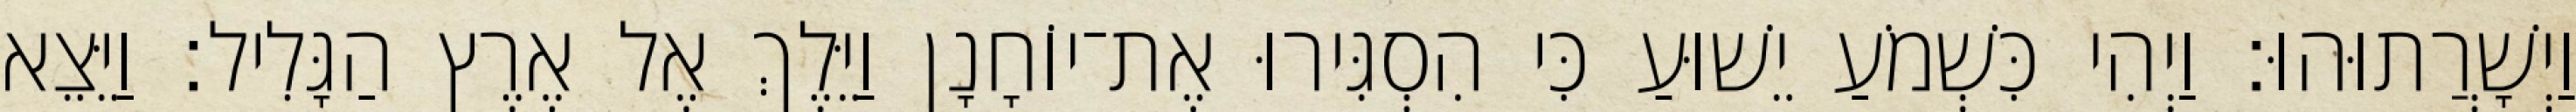
וַיְשָׁרֲתוּהוּ׃ וַיְהִי כִּשְׁמֹעַ יֵשׁוּעַ כִּי הִסְגִּירוּ אֶת־יוֹחָנָן וַיֵּלֶךְ אֶל אֶרֶץ הַגָּלִיל׃ וַיֵּצֵא